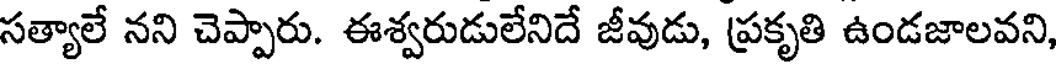
సత్యాలే నని చెప్పారు. ఈశ్వరుడులేనిదే జీవుడు, ప్రకృతి ఉండజాలవని,